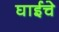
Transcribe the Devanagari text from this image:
घाईचे